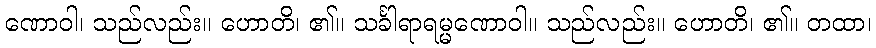
ဏောဝါ၊ သည်လည်း။ ဟောတိ၊ ၏။ သင်္ခါရာရမ္မဏောဝါ။ သည်လည်း။ ဟောတိ၊ ၏။ တထာ၊